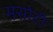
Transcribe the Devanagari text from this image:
मसोटी